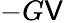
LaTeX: -G\mathsf{V}